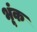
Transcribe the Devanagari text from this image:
भूंक